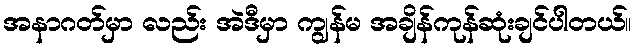
အနာဂတ်မှာ လည်း အဲဒီမှာ ကျွန်မ အချိန်ကုန်ဆုံးချင်ပါတယ်။